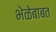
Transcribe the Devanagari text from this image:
भेळेबाबत